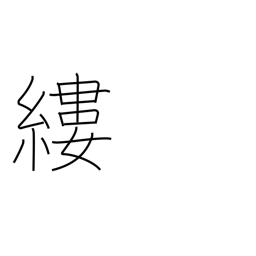
Meaning: thread